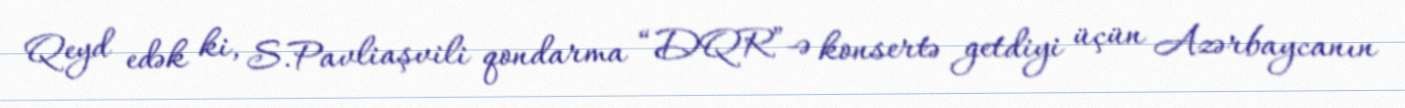
Qeyd edək ki, S.Pavliaşvili qondarma “DQR”-ə konsertə getdiyi üçün Azərbaycanın